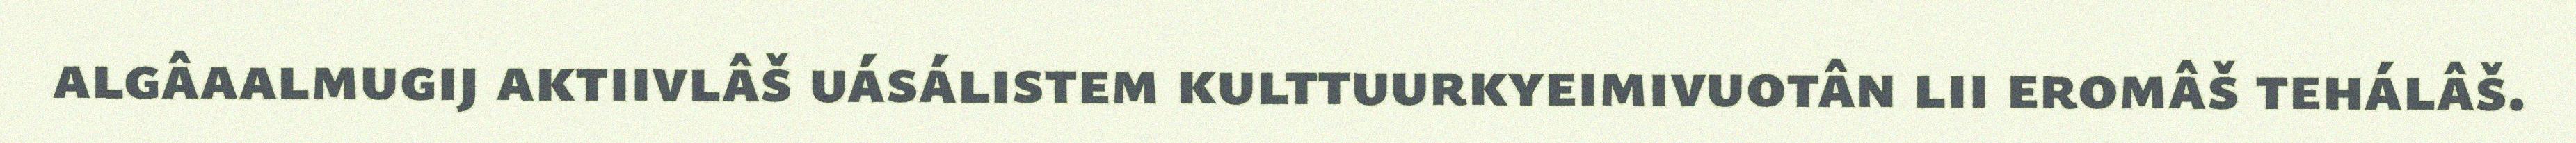
algâaalmugij aktiivlâš uásálistem kulttuurkyeimivuotân lii eromâš tehálâš.